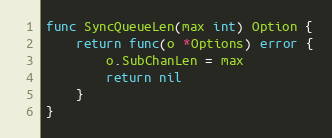
Language: Go
func SyncQueueLen(max int) Option {
	return func(o *Options) error {
		o.SubChanLen = max
		return nil
	}
}